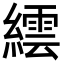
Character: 繧